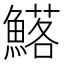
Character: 𮬉